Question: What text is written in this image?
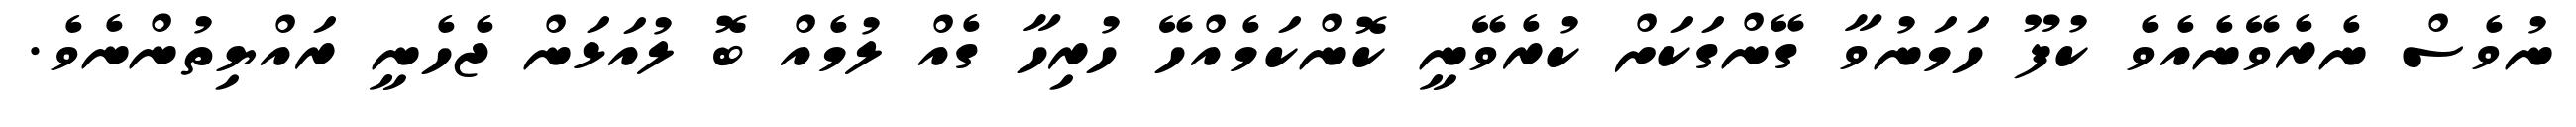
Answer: ނުވެސް ނެރެވޭނެއެވެ ކުފޫ ހަމަނުވާ ގޭންގަކަށް ކުރެވޭނީ ކޮންކަމެއްހޭ ހުރިހާ ގެއް ލުމެއް ބޮ ލުއަޅަން ޖެހެނީ ރައްޔިތުންނެވެ.